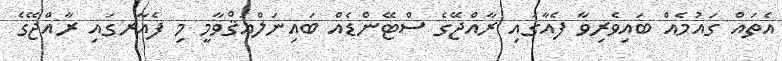
އެތައް ގައުމެއް ބައިވެރިވާ ފެއާގައި ރާއްޖޭގެ ސްޓޭންޑެއް ބައިނަލްއަޤްވާމީ މި ފެއާރގައި ރާއްޖޭގެ